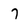
Character: 7